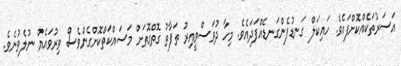
އަސަރުތަކެއްކޮށްފައެވެ. ހައިކަލް ގަނޑުފެންގަނޑެއްފަދައެވެ. މިހާ ދުވަސްވީއިރު ތަފާތު ގޮތްގޮތަށް މަސައްކަތްކޮށްގެންވެސް ވިރުވައެއް ނުލެވުނެވެ.